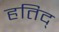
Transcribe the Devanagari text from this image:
हतिद्